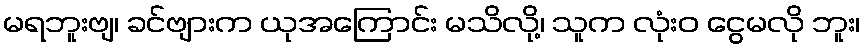
မရဘူးဗျ၊ ခင်ဗျားက ယုအကြောင်း မသိလို့၊ သူက လုံးဝ ငွေမလို ဘူး၊